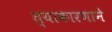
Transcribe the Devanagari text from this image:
त्याकारणाने